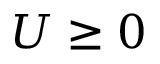
U \ge 0